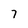
Character: 7